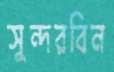
সুন্দরবিন